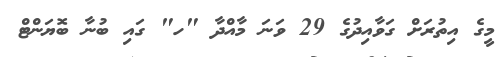
މީގެ އިތުރަށް ގަވާއިދުގެ 29 ވަނަ މާއްދާ "ހ" ގައި ބުނާ ބޮޔަންޓް